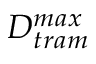
D _ { t r a m } ^ { m a x }